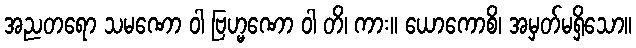
အညတရော သမဏော ဝါ ဗြဟ္မဏော ဝါ တိ၊ ကား။ ယောကောစိ၊ အမှတ်မရှိသော။